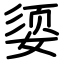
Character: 媭